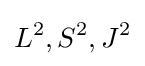
L^{2},S^{2},J^{2}